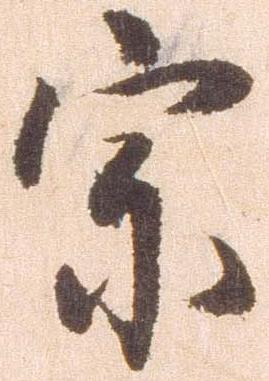
宗